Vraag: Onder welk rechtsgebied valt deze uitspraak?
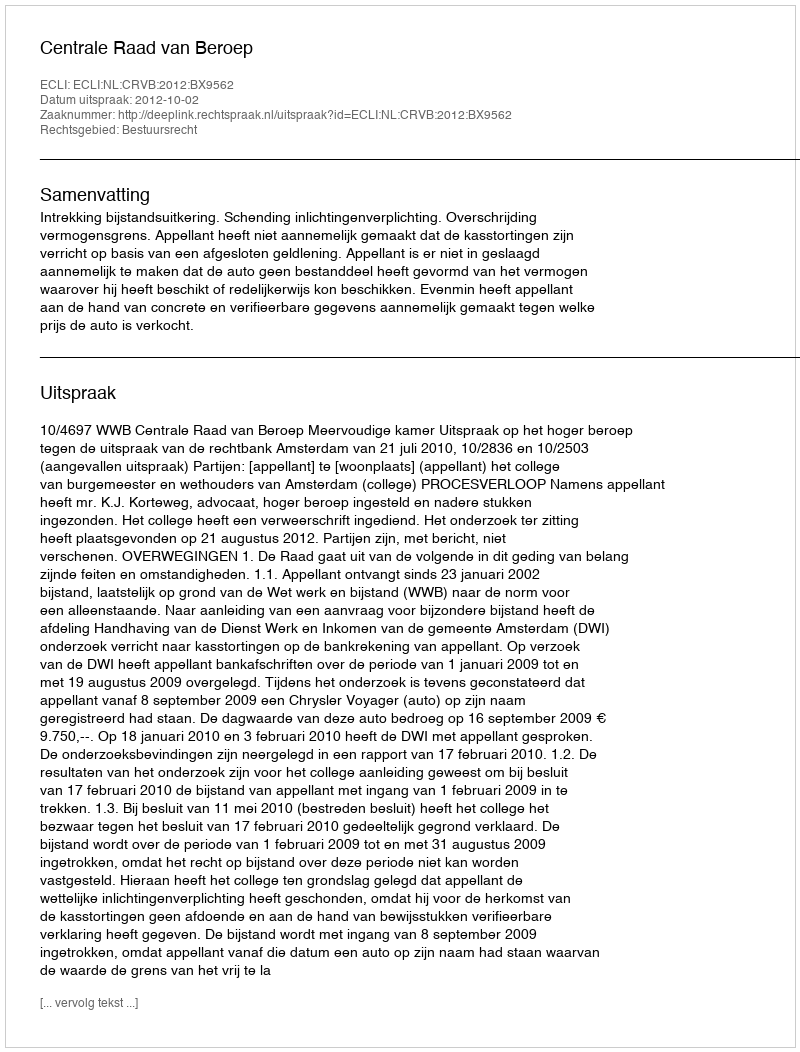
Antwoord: Bestuursrecht